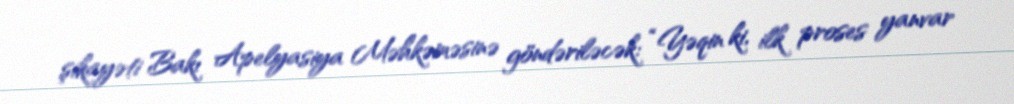
şikayəti Bakı Apelyasiya Məhkəməsinə göndəriləcək: “Yəqin ki, ilk proses yanvar